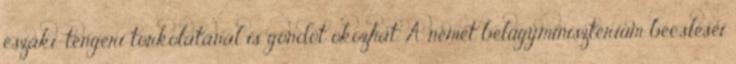
északi-tengeri torkolatánál is gondot okozhat. A német belügyminisztérium becslései